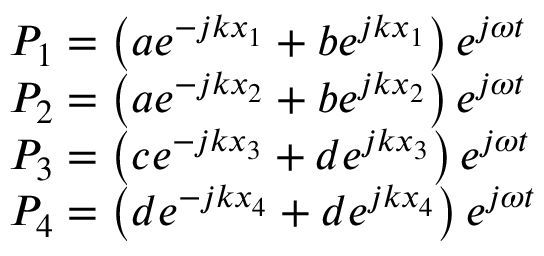
\begin{array} { r l } & { P _ { 1 } = \left( a e ^ { - j k x _ { 1 } } + b e ^ { j k x _ { 1 } } \right) e ^ { j \omega t } } \\ & { P _ { 2 } = \left( a e ^ { - j k x _ { 2 } } + b e ^ { j k x _ { 2 } } \right) e ^ { j \omega t } } \\ & { P _ { 3 } = \left( c e ^ { - j k x _ { 3 } } + d e ^ { j k x _ { 3 } } \right) e ^ { j \omega t } } \\ & { P _ { 4 } = \left( d e ^ { - j k x _ { 4 } } + d e ^ { j k x _ { 4 } } \right) e ^ { j \omega t } } \end{array}